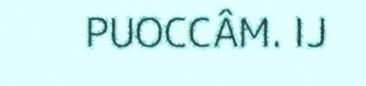
PUOCCÂM. IJ